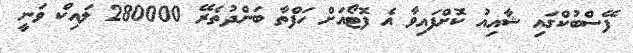
ފޭސްބުކްގައި ޝާއިއު ކޮށްފައިވާ އެ ފޮޓޯއަށް ހަފްތާ ބަންދުތެރޭ 280000 ލައިކް ވަނީ